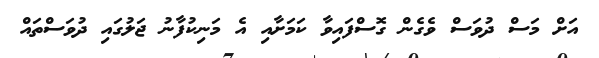
އަށް މަސް ދުވަސް ވެެގެން ގޮސްފައިވާ ކަމަށާއި އެ މަނިކުފާނު ޖަލުގައި ދުވަސްތައް